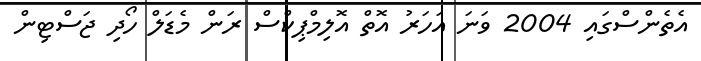
އެތެންސްގައި 2004 ވަނަ އަހަރު އޮތް އޮލިމްޕިކްސް ރަން މެޑަލް ހޯދި ޖަސްޓިން